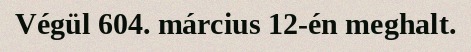
Végül 604. március 12-én meghalt.